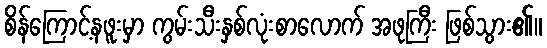
စိန်ကြောင့်နဖူးမှာ ကွမ်းသီးနှစ်လုံးစာလောက် အဖုကြီး ဖြစ်သွား၏။